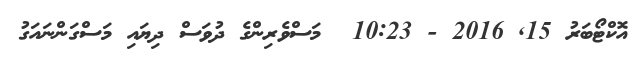
އޮކްޓޯބަރު 15